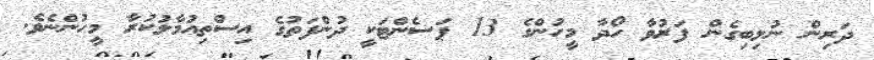
ދަރިން ނުލިބިގެން ފަރުވާ ހޯދާ މީހުންގެ 13 ޕަސެންޓަކީ ދުންފަތުގެ އިސްތިއުމާލުކުރާ މީހުންނެވެ.